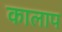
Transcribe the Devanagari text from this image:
कालाप